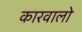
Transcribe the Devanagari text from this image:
कारवालो